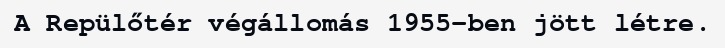
A Repülőtér végállomás 1955-ben jött létre.